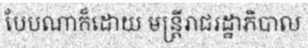
បែបណាក៏ដោយ មន្ត្រីរាជរដ្ឋាភិបាល